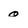
Character: 0